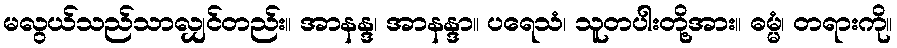
မလွယ်သည်သာလျှင်တည်း။ အာနန္ဒ၊ အာနန္ဒာ။ ပရေသံ၊ သူတပါးတို့အား။ ဓမ္မံ၊ တရားကို။